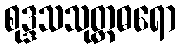
စုဒ္ဒသသုတ္တဓရော